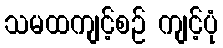
သမထကျင့်စဉ် ကျင့်ပုံ